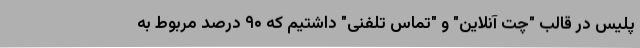
پلیس در قالب "چت آنلاین" و "تماس تلفنی" داشتیم که ۹۰ درصد مربوط به